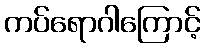
ကပ်ရောဂါကြောင့်